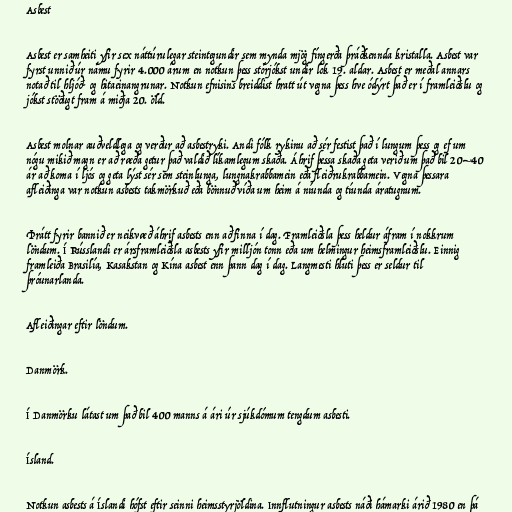
Asbest

Asbest er samheiti yfir sex náttúrulegar steintegundir sem mynda mjög fíngerða þráðkennda kristalla. Asbest var
fyrst unnið úr námu fyrir 4.000 árum en notkun þess stórjókst undir lok 19. aldar. Asbest er meðal annars
notað til hljóð- og hitaeinangrunar. Notkun efnisins breiddist hratt út vegna þess hve ódýrt það er í framleiðslu og
jókst stöðugt fram á miðja 20. öld.

Asbest molnar auðveldlega og verður að asbestryki. Andi fólk rykinu að sér festist það í lungum þess og ef um
nógu mikið magn er að ræða getur það valdið líkamlegum skaða. Áhrif þessa skaða geta verið um það bil 20–40
ár að koma í ljós og geta lýst sér sem steinlunga, lungnakrabbamein eða fleiðrukrabbamein. Vegna þessara
afleiðinga var notkun asbests takmörkuð eða bönnuð víða um heim á níunda og tíunda áratugnum.

Þrátt fyrir bannið er neikvæð áhrif asbests enn að finna í dag. Framleiðsla þess heldur áfram í nokkrum
löndum. Í Rússlandi er ársframleiðsla asbests yfir milljón tonn eða um helmingur heimsframleiðslu. Einnig
framleiða Brasilía, Kasakstan og Kína asbest enn þann dag í dag. Langmesti hluti þess er seldur til
þróunarlanda.

Afleiðingar eftir löndum.

Danmörk.

Í Danmörku látast um það bil 400 manns á ári úr sjúkdómum tengdum asbesti.

Ísland.

Notkun asbests á Íslandi hófst eftir seinni heimsstyrjöldina. Innflutningur asbests náði hámarki árið 1980 en þá